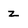
Character: z